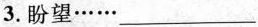
3.盼望······___